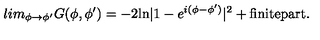
l i m _ { \phi \to \phi ^ { \prime } } G ( \phi , \phi ^ { \prime } ) = - 2 \mathrm { l n } | 1 - e ^ { i ( \phi - \phi ^ { \prime } ) } | ^ { 2 } + \mathrm { f i n i t e p a r t } .